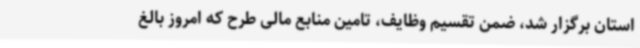
استان برگزار شد، ضمن تقسیم وظایف، تامین منابع مالی طرح که امروز بالغ